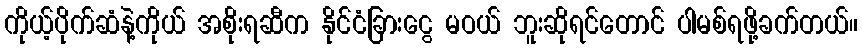
ကိုယ့်ပိုက်ဆံနဲ့ကိုယ် အစိုးရဆီက နိုင်ငံခြားငွေ မဝယ် ဘူးဆိုရင်တောင် ပါမစ်ရဖို့ခက်တယ်။